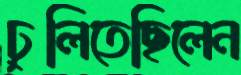
ঢুলিতেছিলেন